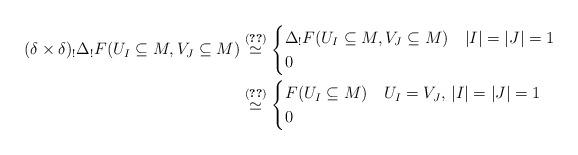
LaTeX: \begin{align*}(\delta\times\delta)_!\Delta_!F(U_{I}\subseteq M, V_{J}\subseteq M)&\overset{(\ref{lem:diagonal push formula 1})}{\simeq}\begin{cases}\Delta_!F(U_I\subseteq M, V_J\subseteq M) &|I|=|J|=1\\0&\end{cases}\\&\overset{(\ref{lem:diagonal push formula 2})}{\simeq}\begin{cases}F(U_I\subseteq M)&U_I=V_J,\, |I|=|J|=1\\0&\quad\end{cases}\end{align*}